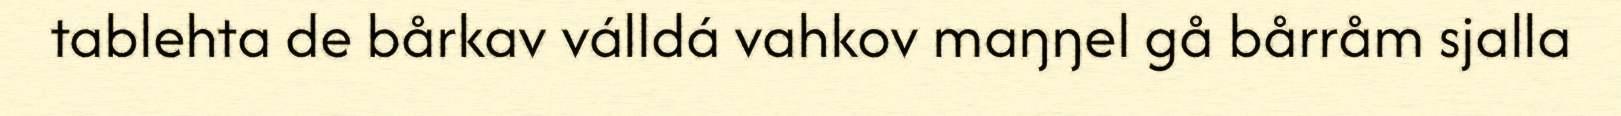
tablehta de bårkav válldá vahkov maŋŋel gå bårråm sjalla